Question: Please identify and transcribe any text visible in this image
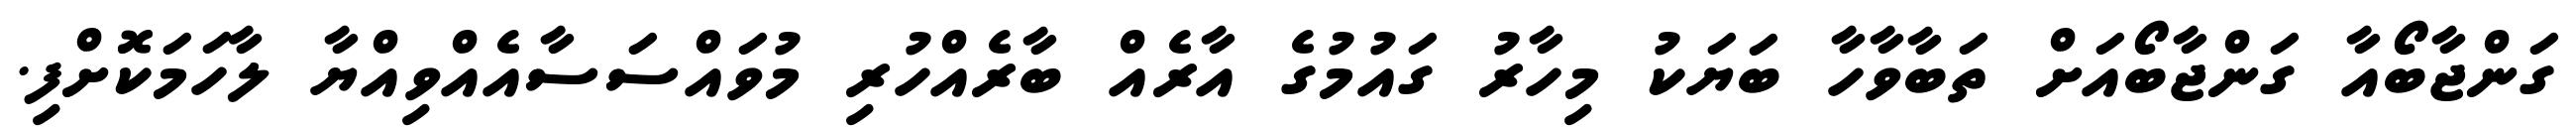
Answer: ގަންޖާބޯއާ ގަންޖާބޯއަށް ތަބާވާހާ ބަޔަކު މިހާރު ގައުމުގެ އާރެއް ބާރެއްހުރި މުވައްސަސާއެއްވިއްޔާ ލާހަމަކޮށްފި.